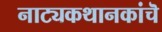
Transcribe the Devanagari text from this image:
नाट्यकथानकांचॆ